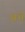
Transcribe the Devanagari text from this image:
अभे